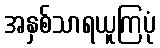
အနှစ်သာရယူကြပုံ